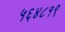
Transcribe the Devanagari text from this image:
५६४८१९